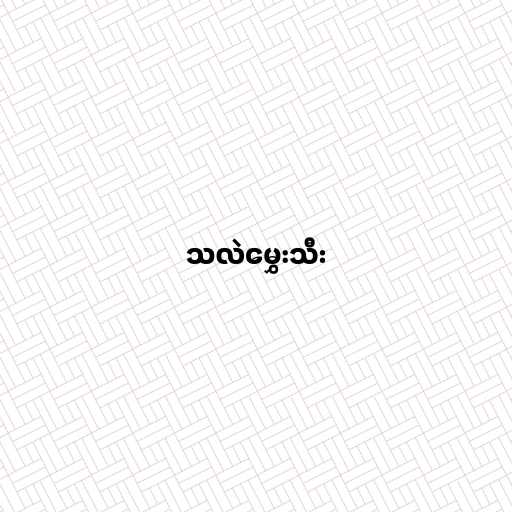
သလဲမွှေးသီး